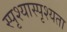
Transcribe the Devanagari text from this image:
स्पृश्यास्पृश्यता